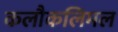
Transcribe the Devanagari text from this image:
कलौकलिमल